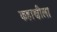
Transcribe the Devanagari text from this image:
कहाणीला